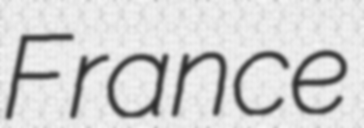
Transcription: France